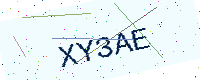
Text: XY3AE